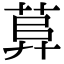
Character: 萛